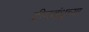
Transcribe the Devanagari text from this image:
दीनबंधूच्या